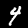
Label: 4